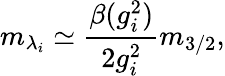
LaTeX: m_{\lambda_{i}}\simeq{\frac{\beta(g_{i}^{2})}{2g_{i}^{2}}}m_{3/2},